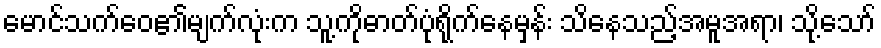
မောင်သက်ဝေ၏မျက်လုံးက သူ့ကိုဓာတ်ပုံရိုက်နေမှန်း သိနေသည့်အမူအရာ၊ သို့သော်